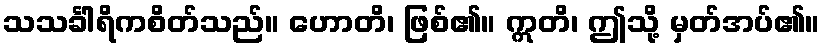
သသင်္ခါရိကစိတ်သည်။ ဟောတိ၊ ဖြစ်၏။ ဣတိ၊ ဤသို့ မှတ်အပ်၏။